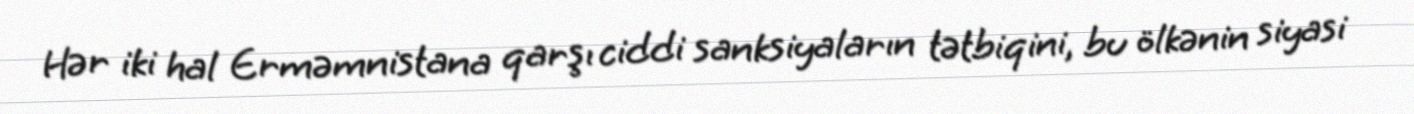
Hər iki hal Erməmnistana qarşı ciddi sanksiyaların tətbiqini, bu ölkənin siyasi